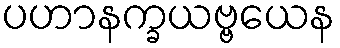
ပဟာနက္ခယဗ္ဗယေန